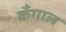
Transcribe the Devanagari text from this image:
कँगाल